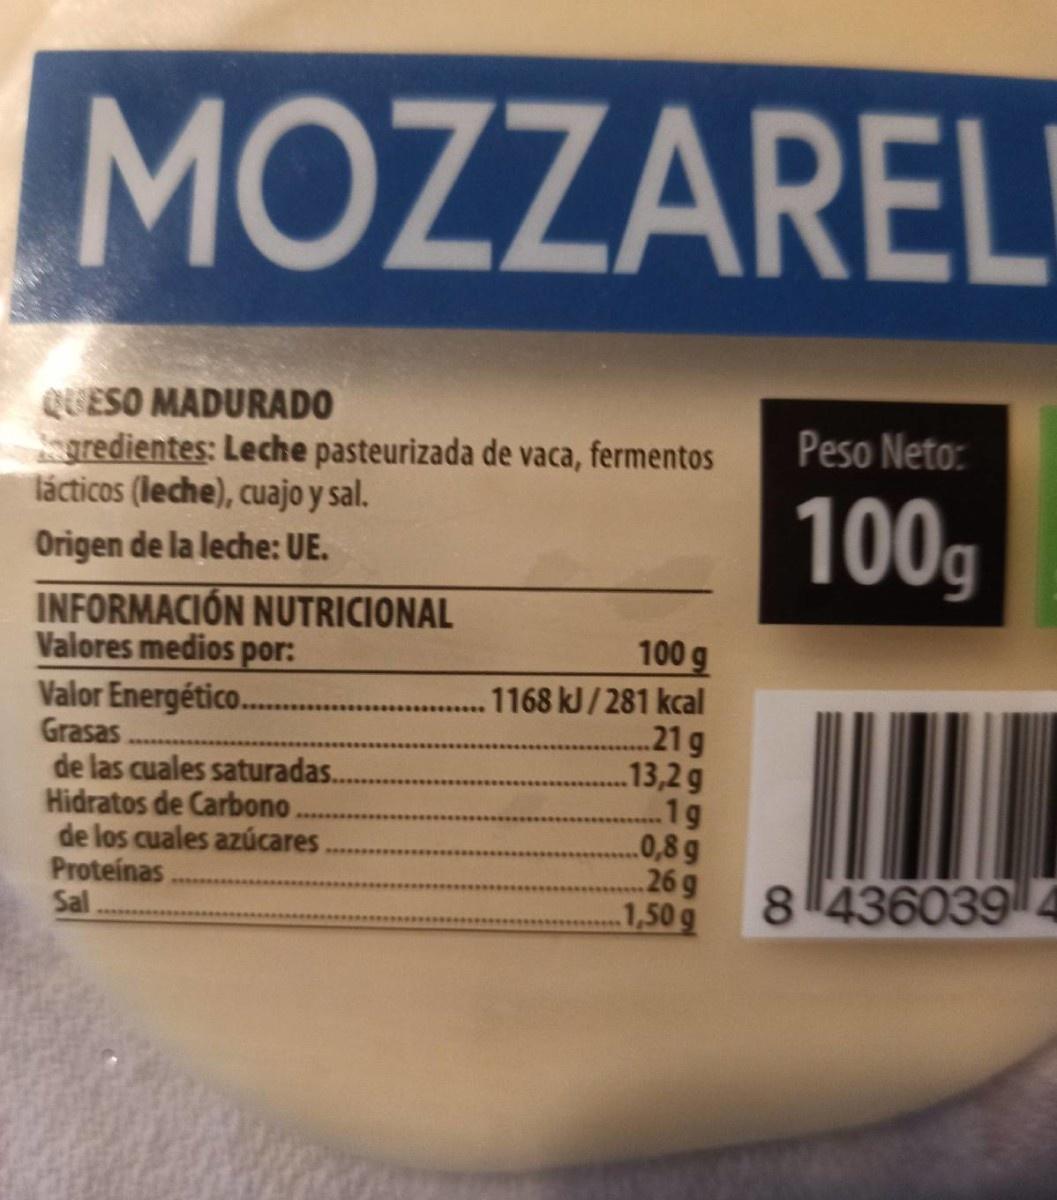
MOZZAREL
QUESO MADURADO gredientes: Leche pasteurizada de vaca, fermentos lácticos (leche), cuajo y sal.
Peso Neto:
100g
Origen de la leche: UE.
INFORMACIÓN NUTRICIONAL Valores medios por: Valor Energético. Grasas de las cuales saturadas. Hidratos de Carbono. de los cuales azúcares Proteínas Sal.
100 g
1168 kJ/281 kcal .21g 13,2 g .1g 0,8 g 26 g 1,50g
8 436039